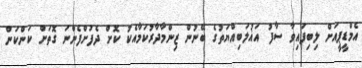
އެމްޑީޕީއަށް ލިބިފައިވާ ސާފު އަޣުލަބިއްޔަތުގެ ބޭނުން ޒިންމާދާރުކަމާއެކު ކޮށް ދެފުށްފެންނަ ގޮތަށް ކަންކަން